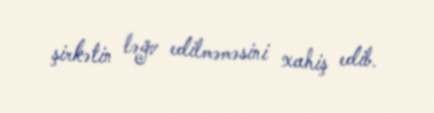
şirkətin ləğv edilməməsini xahiş edib.